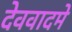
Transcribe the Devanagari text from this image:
देववादमे